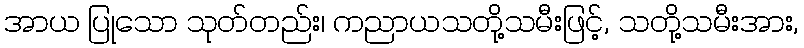
အာယ ပြုသော သုတ်တည်း၊ ကညာယသတို့သမီးဖြင့်, သတို့သမီးအား,